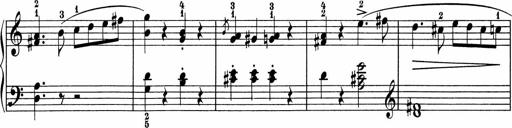
Title: 5 Sonatinen fÃ¼r die Jugend
Composer: Carl Reinecke